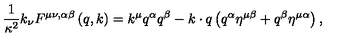
{ \frac { 1 } { \kappa ^ { 2 } } } k _ { \nu } F ^ { \mu \nu , \alpha \beta } \left( q , k \right) = k ^ { \mu } q ^ { \alpha } q ^ { \beta } - k \cdot q \left( q ^ { \alpha } \eta ^ { \mu \beta } + q ^ { \beta } \eta ^ { \mu \alpha } \right) ,